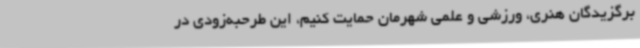
برگزیدگان هنری، ورزشی و علمی شهرمان حمایت کنیم، این طرحبه‌زودی در